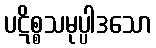
ပဋိစ္စသမုပ္ပါဒသော